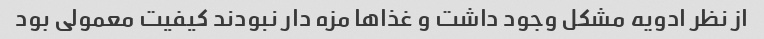
از نظر ادویه مشکل وجود داشت و غذا‌ها مزه دار نبودند کیفیت معمولی بود